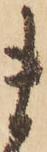
ま